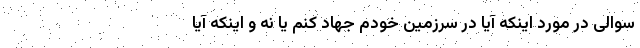
سوالی در مورد اینکه آیا در سرزمین خودم جهاد کنم یا نه و اینکه آیا